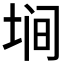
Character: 𱖲